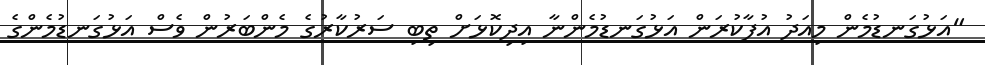
"އަޅުގަނޑުމެން މިއަދު އުފާކުރަން އަޅުގަނޑުމެންނާ އިދިކޮޅަށް ތިބި ސަރުކާރުގެ މެންބަރުން ވެސް އަޅުގަނޑުމެންގެ